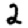
Digit: 2